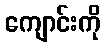
ကျောင်းကို